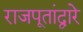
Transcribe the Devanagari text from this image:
राजपूतांद्वारे